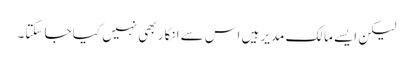
لیکن ایسے مالک مدیر ہیں اس سے انکار بھی نہیں کیا جا سکتا۔